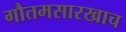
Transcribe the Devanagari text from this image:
गौतमसारखाच